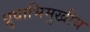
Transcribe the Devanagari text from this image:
ध्रुवाभिमुखीय